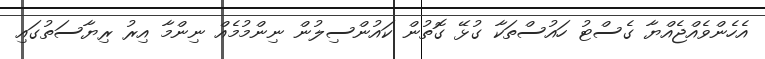
އެހެންވެއްޖެއްޔާ ގެސްޓު ހައުސްތަކާ ގުޅޭ ގޮތުން ކައުންސިލުން ނިންމުމެއް ނިންމާ އިރު ރިޔާސަތުގައި